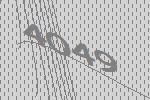
4049